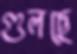
গুলছে